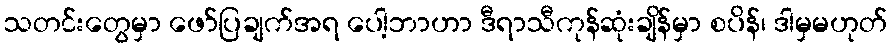
သတင်းတွေမှာ ဖော်ပြချက်အရ ပေါ့ဘာဟာ ဒီရာသီကုန်ဆုံးချိန်မှာ စပိန်၊ ဒါမှမဟုတ်